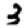
Digit: 3